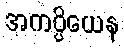
အကပ္ပိယေန